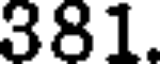
381.